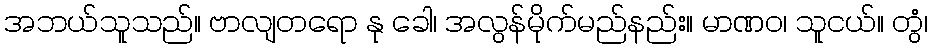
အဘယ်သူသည်။ ဗာလျတရော နု ခေါ၊ အလွန်မိုက်မည်နည်း။ မာဏဝ၊ သူငယ်။ တွံ၊